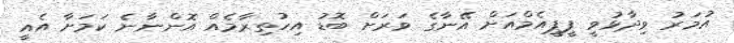
އުމަރު ވިދާޅުވީ ޕީޕީއެމްއަށް އޭނާގެ ވަރަށް ބޮޑު އިހުތިރާމެއް އޮންނާނެ ކަމަށާ އެއީ